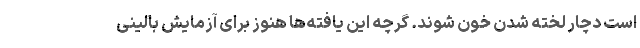
است دچار لخته شدن خون شوند. گرچه این یافته‌ها هنوز برای آزمایش بالینی